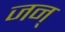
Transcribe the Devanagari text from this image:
जन्‌